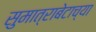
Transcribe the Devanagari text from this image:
सुमात्राबेटाच्या